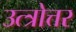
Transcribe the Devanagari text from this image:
उत्त्रोत्तर